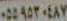
٠٥٥٩٥٣٠٤٨٧